Civil Veterinary Department Bengal reports 1923-33 - 1923-1933
Year: 1923
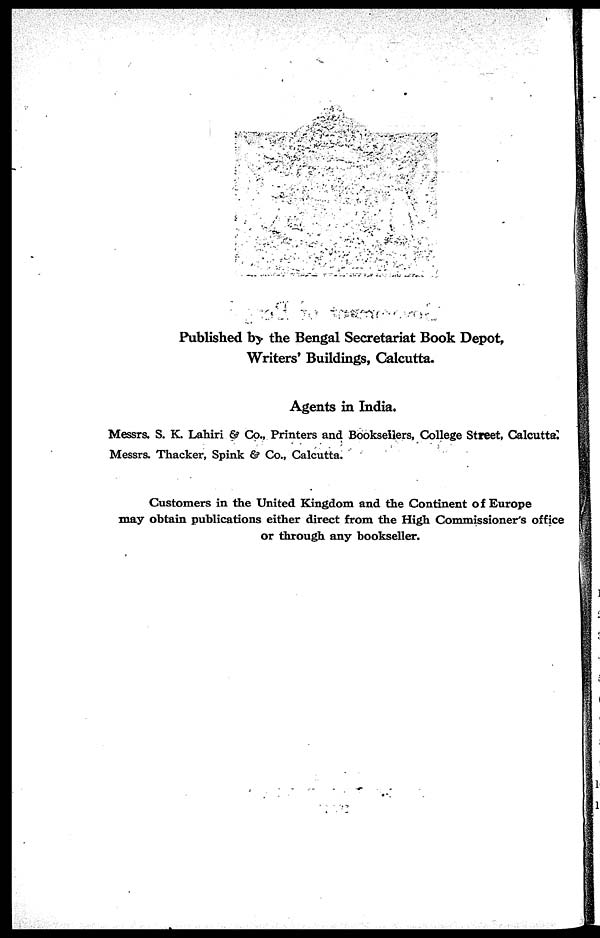
Published by the Bengal Secretariat Book Depot,
Writers' Buildings, Calcutta.
Agents in India.
Messrs. S. K. Lahiri & Co., Printers and Booksellers, College Street, Calcutta.
Messrs. Thacker, Spink & Co., Calcutta.
Customers in the United Kingdom and the Continent of Europe
may obtain publications either direct from the High Commissioner's office
or through any bookseller.